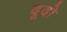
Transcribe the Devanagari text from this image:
दूदो